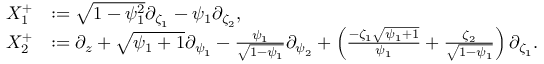
\begin{array} { r l } { X _ { 1 } ^ { + } } & { : = \sqrt { 1 - \psi _ { 1 } ^ { 2 } } \partial _ { \zeta _ { 1 } } - \psi _ { 1 } \partial _ { \zeta _ { 2 } } , } \\ { X _ { 2 } ^ { + } } & { : = \partial _ { z } + \sqrt { \psi _ { 1 } + 1 } \partial _ { \psi _ { 1 } } - \frac { \psi _ { 1 } } { \sqrt { 1 - \psi _ { 1 } } } \partial _ { \psi _ { 2 } } + \left( \frac { - \zeta _ { 1 } \sqrt { \psi _ { 1 } + 1 } } { \psi _ { 1 } } + \frac { \zeta _ { 2 } } { \sqrt { 1 - \psi _ { 1 } } } \right) \partial _ { \zeta _ { 1 } } . } \end{array}